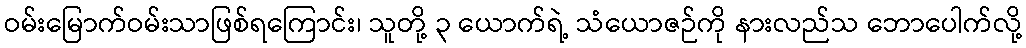
ဝမ်းမြောက်ဝမ်းသာဖြစ်ရကြောင်း၊ သူတို့ ၃ ယောက်ရဲ့ သံယောဇဉ်ကို နားလည်သ ဘောပေါက်လို့